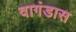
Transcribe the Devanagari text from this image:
वागंडास